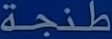
طنجة